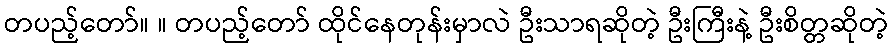
တပည့်တော်။ ။ တပည့်တော် ထိုင်နေတုန်းမှာလဲ ဦးသာရဆိုတဲ့ ဦးကြီးနဲ့ ဦးစိတ္တဆိုတဲ့